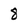
Character: 8